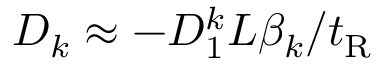
D _ { k } \approx - D _ { 1 } ^ { k } L \beta _ { k } / t _ { \mathrm { R } }